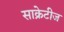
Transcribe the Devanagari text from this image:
साक्रेटीज